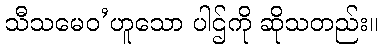
သီသမေဝ’ဟူသော ပါဌ်ကို ဆိုသတည်း။